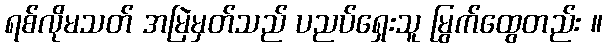
ရစ်လိုမသတ် အမြဲမှတ်သည် ပညပ်ရှေးသူ မြွက်ထွေတည်း ။